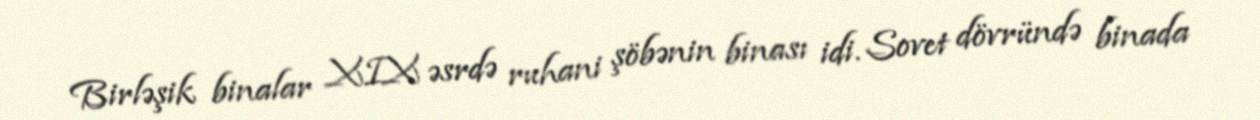
Birləşik binalar XIX əsrdə ruhani şöbənin binası idi. Sovet dövründə binada